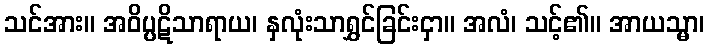
သင်အား။ အဝိပ္ပဋိသာရာယ၊ နှလုံးသာရွှင်ခြင်းငှာ။ အလံ၊ သင့်၏။ အာယသ္မာ၊